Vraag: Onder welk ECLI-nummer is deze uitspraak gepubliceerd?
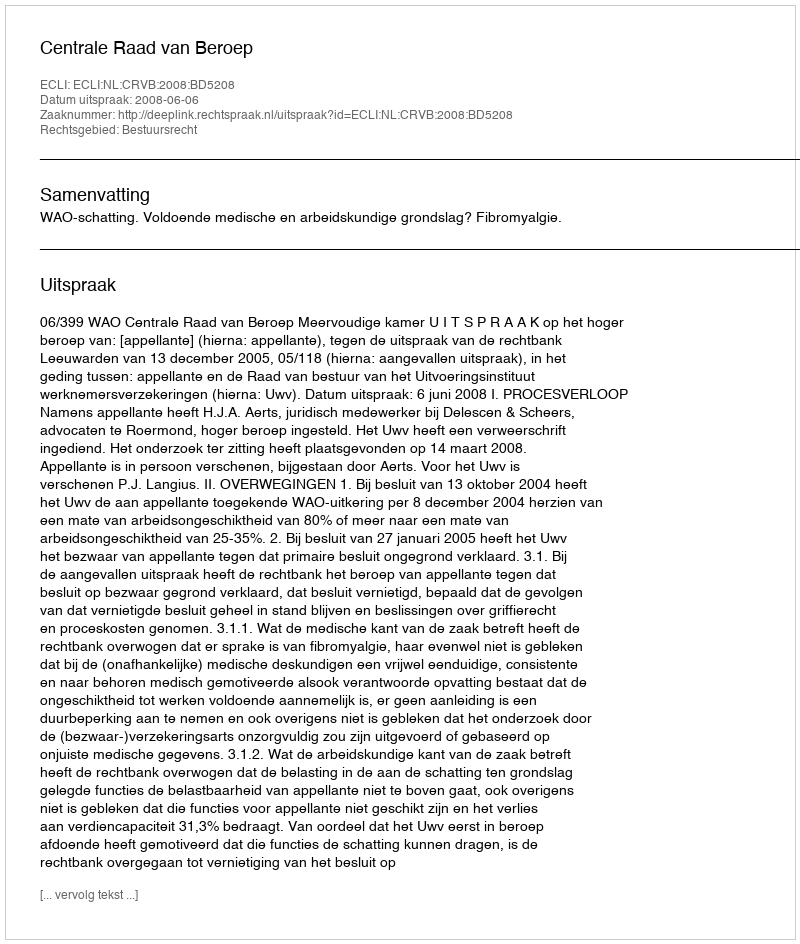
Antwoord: ECLI:NL:CRVB:2008:BD5208